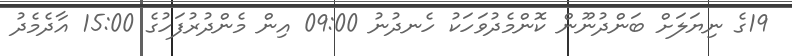
19ގެ ނިޔަލަށް ބަންދުނޫން ކޮންމެދުވަހަކު ހެނދުނު 09:00 އިން މެންދުރުފަހުގެ 15:00 އާދެމެދު